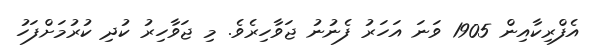
އެފްރިކާއިން 1905 ވަނަ އަހަރު ފެނުނު ޖަވާހިރެވެ. މި ޖަވާހިރު ކުދި ކުރުމަށްފަހު